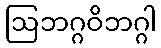
ဩဘဂ္ဂဝိဘဂ္ဂါ